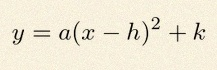
y=a(x-h)^2+k